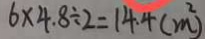
6 \times 4 . 8 \div 2 = 1 4 . 4 ( m ^ { 2 } )